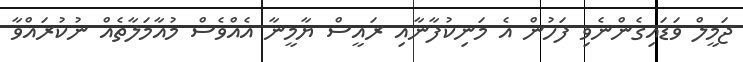
ޖަމީލް ވަޑައިގެންނެވި ފަހުން އެ މަނިކުފާނާއި ރައީސް ޔާމީނާ އެއްވެސް މުއާމަލާތެއް ނުކުރައްވާ